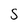
Character: S